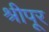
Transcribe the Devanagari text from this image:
श्रीपूर